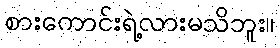
စားကောင်းရဲ့လားမသိဘူး။